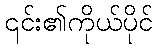
၎င်း၏ကိုယ်ပိုင်